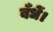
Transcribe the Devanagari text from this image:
बँधें।